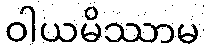
ဝါယမိဿာမ